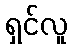
ရှင်လူ